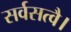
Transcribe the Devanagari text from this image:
सर्वसत्वै।